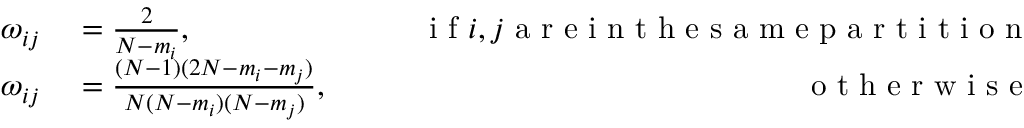
\begin{array} { r l r } { \omega _ { i j } } & { { } = \frac { 2 } { N - m _ { i } } , \qquad } & { \mathrm { ~ i ~ f ~ } i , j \mathrm { ~ a ~ r ~ e ~ i ~ n ~ t ~ h ~ e ~ s ~ a ~ m ~ e ~ p ~ a ~ r ~ t ~ i ~ t ~ i ~ o ~ n ~ } } \\ { \omega _ { i j } } & { { } = \frac { ( N - 1 ) ( 2 N - m _ { i } - m _ { j } ) } { N ( N - m _ { i } ) ( N - m _ { j } ) } , \qquad } & { \mathrm { ~ o ~ t ~ h ~ e ~ r ~ w ~ i ~ s ~ e ~ } } \end{array}